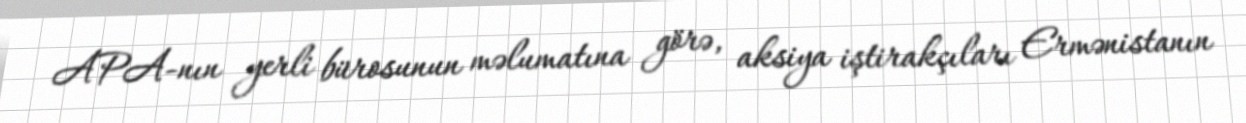
APA-nın yerli bürosunun məlumatına görə, aksiya iştirakçıları Ermənistanın